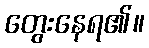
တွေးနေရ၏။